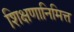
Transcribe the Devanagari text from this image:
शिक्षणानिमित्त